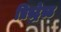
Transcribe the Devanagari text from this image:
प्रिस्ट्रेस्ड